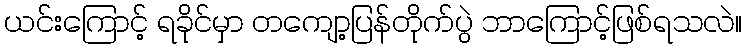
ယင်းကြောင့် ရခိုင်မှာ တကျော့ပြန်တိုက်ပွဲ ဘာကြောင့်ဖြစ်ရသလဲ။